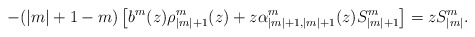
\begin{align*}-(|m|+1-m)\left[b^m(z)\rho_{|m|+1}^m(z)+z\alpha_{|m|+1,|m|+1}^m(z)S_{|m|+1}^m\right]=zS_{|m|}^m.\end{align*}